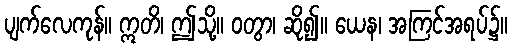
ပျက်လေကုန်။ ဣတိ၊ ဤသို့။ ဝတွာ၊ ဆို၍။ ယေန၊ အကြင်အရပ်၌။